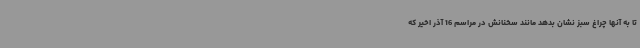
تا به آنها چراغ سبز نشان بدهد مانند سخنانش در مراسم 16 آذر اخیر که